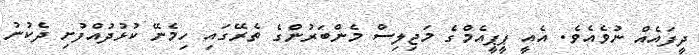
ދީފައެއް ނުވެއެވެ. އެއީ ޕީޕީއެމްގެ މަޖިލިސް މެންބަރުންގެ ތެރޭގައި ހިމެނޭ ކުޅުދުއްފުށި ދެކުނު